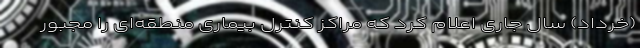
(خرداد) سال جاری اعلام کرد که مراکز کنترل بیماری منطقه‌ای را مجبور